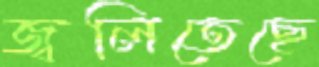
জ্বলিতেছে